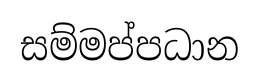
සම්මප්පධාන